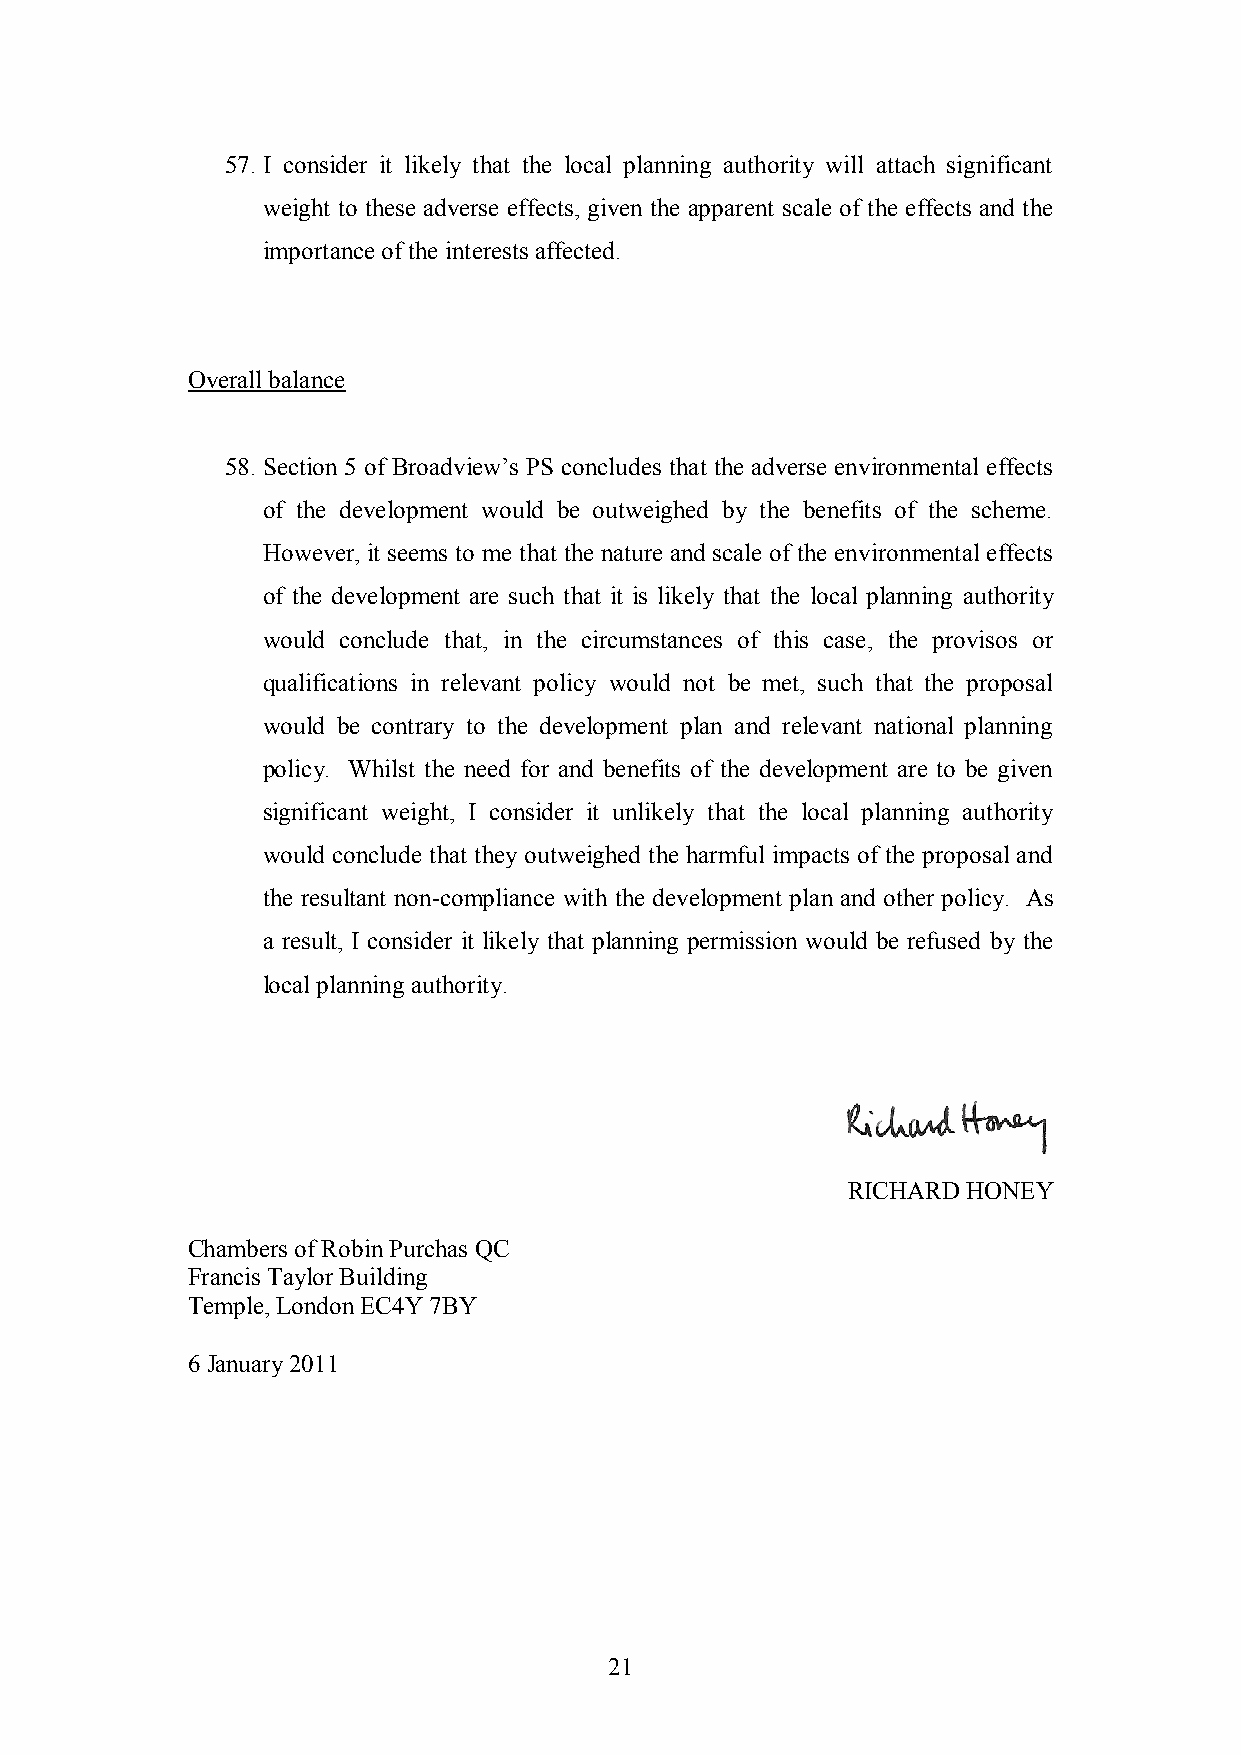
57. I consider it likely that the local planning authority will attach significant
 weight to these adverse effects, given the apparent scale of the effects and the
 importance of the interests affected.
 Overall balance
 58. Section 5 of Broadview‟s PS concludes that the adverse environmental effects
 of the development would be outweighed by the benefits of the scheme.
 However, it seems to me that the nature and scale of the environmental effects
 of the development are such that it is likely that the local planning authority
 would conclude that, in the circumstances of this case, the provisos or
 qualifications in relevant policy would not be met, such that the proposal
 would be contrary to the development plan and relevant national planning
 policy. Whilst the need for and benefits of the development are to be given
 significant weight, I consider it unlikely that the local planning authority
 would conclude that they outweighed the harmful impacts of the proposal and
 the resultant non-compliance with the development plan and other policy. As
 a result, I consider it likely that planning permission would be refused by the
 local planning authority.
 RICHARD HONEY
 Chambers of Robin Purchas QC
 Francis Taylor Building
 Temple, London EC4Y 7BY
 6 January 2011
 21